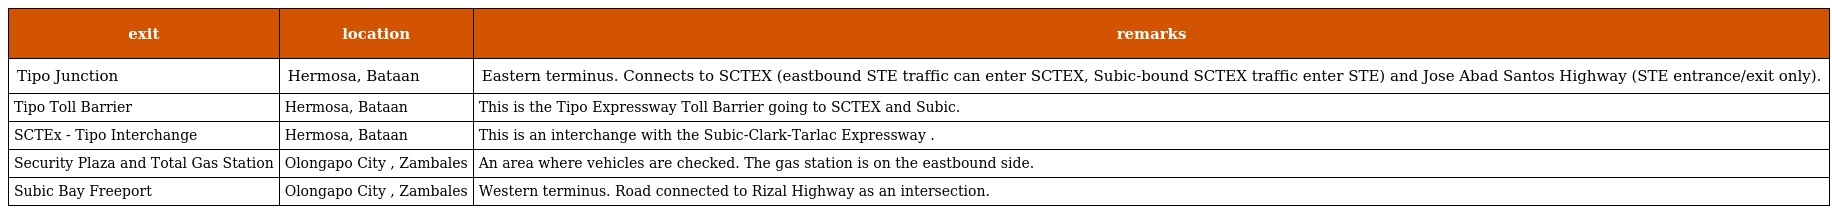
| exit | location | remarks |
 | --- | --- | --- |
 | Tipo Junction | Hermosa, Bataan | Eastern terminus. Connects to SCTEX (eastbound STE traffic can enter SCTEX, Subic-bound SCTEX traffic enter STE) and Jose Abad Santos Highway (STE entrance/exit only). |
 | Tipo Toll Barrier | Hermosa, Bataan | This is the Tipo Expressway Toll Barrier going to SCTEX and Subic. |
 | SCTEx - Tipo Interchange | Hermosa, Bataan | This is an interchange with the Subic-Clark-Tarlac Expressway . |
 | Security Plaza and Total Gas Station | Olongapo City , Zambales | An area where vehicles are checked. The gas station is on the eastbound side. |
 | Subic Bay Freeport | Olongapo City , Zambales | Western terminus. Road connected to Rizal Highway as an intersection. |